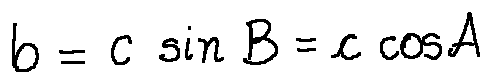
b = c \sin B = c \cos A